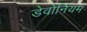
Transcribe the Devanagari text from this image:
डेवोनियम